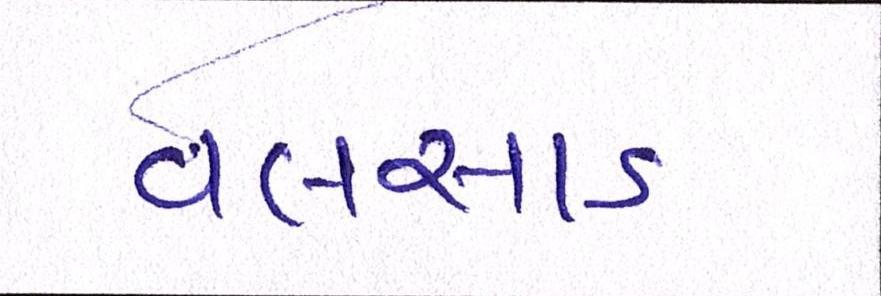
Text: વલસાડ